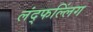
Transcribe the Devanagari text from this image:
लंद्फल्लिंग